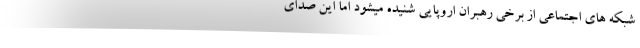
شبکه های اجتماعی از برخی رهبران اروپایی شنیده میشود اما این صدای